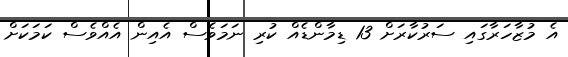
އެ މުޒާހަރާގައި ސަރުކާރަށް 13 ޑިމާންޑެއް ކުރި ނަމަވެސް އެއިން އެއްވެސް ކަމަކަށް